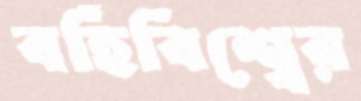
বর্হিবিশ্বের